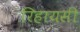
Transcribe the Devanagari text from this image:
रिहायसी